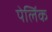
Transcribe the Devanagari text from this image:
पेलिंक